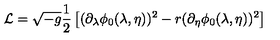
{ \cal L } = \sqrt { - g } { \frac { 1 } { 2 } } \left[ ( \partial _ { \lambda } \phi _ { 0 } ( \lambda , \eta ) ) ^ { 2 } - r ( \partial _ { \eta } \phi _ { 0 } ( \lambda , \eta ) ) ^ { 2 } \right]